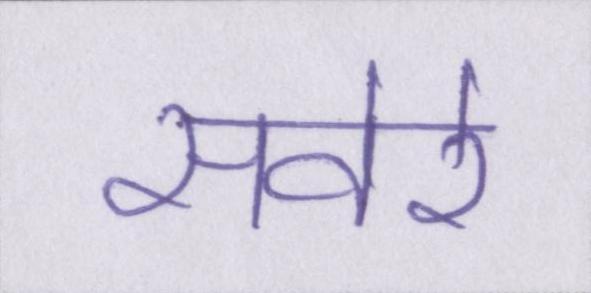
सवेरे